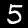
Label: 5